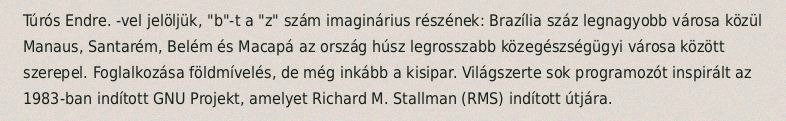
Túrós Endre. -vel jelöljük, "b"-t a "z" szám imaginárius részének: Brazília száz legnagyobb városa közül Manaus, Santarém, Belém és Macapá az ország húsz legrosszabb közegészségügyi városa között szerepel. Foglalkozása földmívelés, de még inkább a kisipar. Világszerte sok programozót inspirált az 1983-ban indított GNU Projekt, amelyet Richard M. Stallman (RMS) indított útjára.